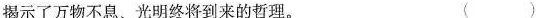
揭示了万物不息、光明终将到来的哲理。（ ）